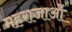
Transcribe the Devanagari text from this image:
महराजाओं